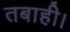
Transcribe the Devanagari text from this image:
तबाही।